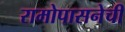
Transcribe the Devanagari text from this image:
रामोपासनेची